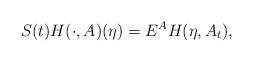
LaTeX: \begin{align*}S(t)H(\cdot,A)(\eta)=E^{A}H(\eta,A_t),\end{align*}